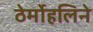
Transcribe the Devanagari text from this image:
ठेर्मोहलिने